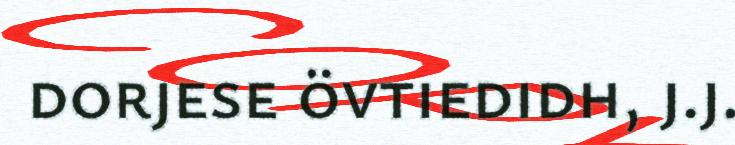
dorjese övtiedidh, j.j.